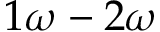
1 \omega - 2 \omega